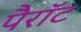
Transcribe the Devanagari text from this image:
पैरॉट